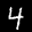
Label: 4